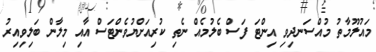
މައުލޫމާތު މުއްސަނދިވި އިންޓަ ފަސް ބެލުމެއް ނެތި ކުރިއަށްޔުވެންޓަސް އާއި މިލާން ބަލިވިއިރު